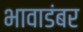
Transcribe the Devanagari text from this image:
भावाडंबर